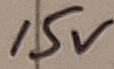
Text: 15V